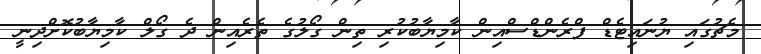
މެޗުގައި ޔުނައިޓެޑް ފްރެންޑްސްއިން ކާމިޔާބުކުރި ތިން ގޯލުގެ ތެރެއިން ދެ ގޯލް ކާމިޔާބުކޮށްދިނީ